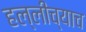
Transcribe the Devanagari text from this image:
हल्लीच्याच